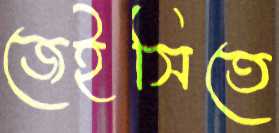
জেইসিতে